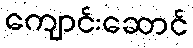
ကျောင်းဆောင်